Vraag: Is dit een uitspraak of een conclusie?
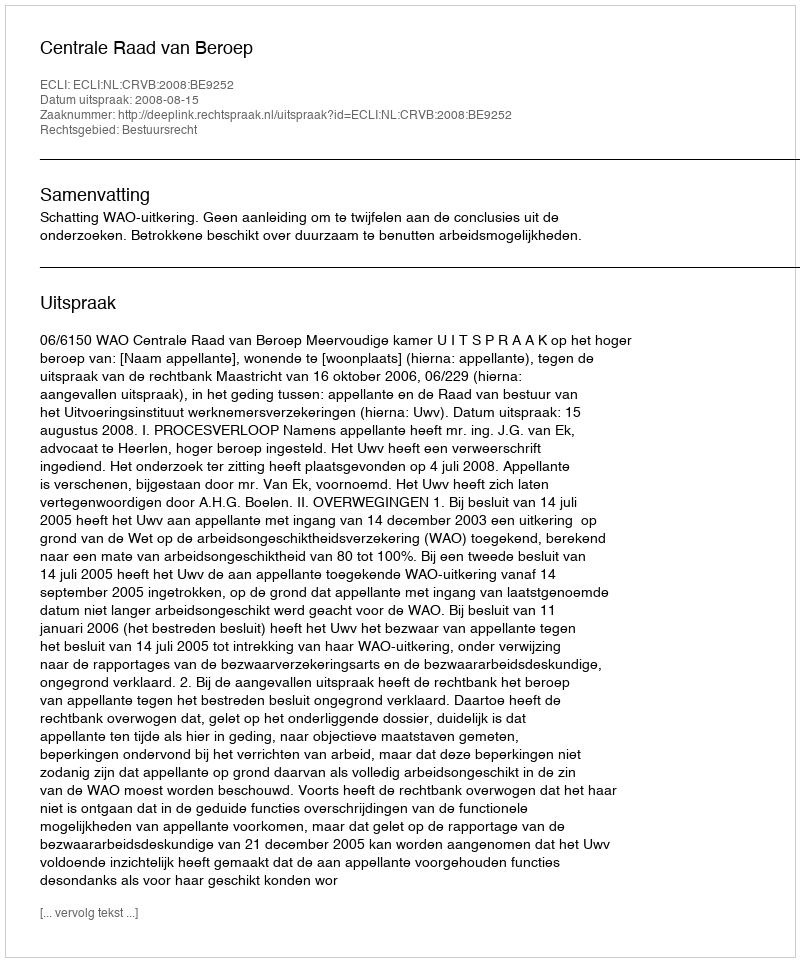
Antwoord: Uitspraak